Cholera in India, 1862 to 1881
Year: 1862
Disease focus: Cholera
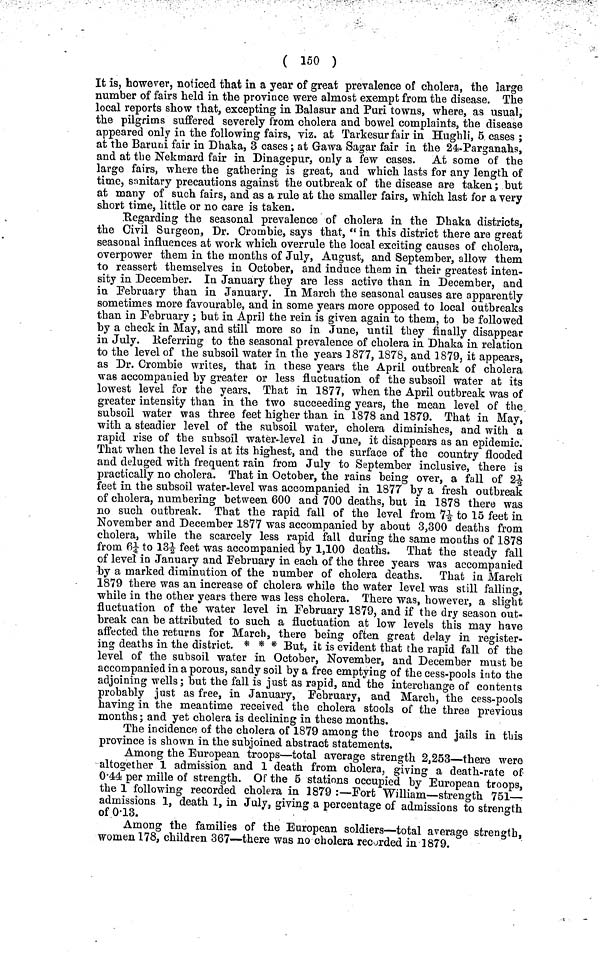
( 150 )
It is, however, noticed that in a year of great prevalence of cholera, the large
number of fairs held in the province were almost exempt from the disease. The
local reports show that, excepting in Balasur and Puri towns, where, as usual,
the pilgrims suffered severely from cholera and bowel complaints, the disease
appeared only in the following fairs, viz. at Tarkesur fair in Hughli, 5 cases ;
at the Baruni fair in Dhaka, 3 cases; at Gawa Sagar fair in the 24-Parganahs,
and at the Nekmard fair in Dinagepur, only a few cases. At some of the
large fairs, where the gathering is great, and which lasts for any length of
time, sanitary precautions against the outbreak of the disease are taken; but
at many of such fairs, and as a rule at the smaller fairs, which last for a very
short time, little or no care is taken.
Regarding the seasonal prevalence of cholera in the Dhaka districts,
the Civil Surgeon, Dr. Crombie, says that, " in this district there are great
seasonal influences at work which overrule the local exciting causes of cholera,
overpower them in the months of July, August, and September, allow them
to reassert themselves in October, and induce them in their greatest inten-
sity in December. In January they are less active than in December, and
in February than in January. In March the seasonal causes are apparently
sometimes more favourable, and in some years more opposed to local outbreaks
than in February ; but in April the rein is given again to them, to be followed
by a check in May, and still more so in June, until they finally disappear
in July. Referring to the seasonal prevalence of cholera in Dhaka in relation
to the level of the subsoil water in the years 1877,1878, and 1879, it appears,
as Dr. Crombie writes, that in these years the April outbreak of cholera
was accompanied by greater or less fluctuation of the subsoil water at its
lowest level for the years. That in 1877, when the April outbreak was of
greater intensity than in the two succeeding years, the mean level of the
subsoil water was three feet higher than in 1878 and 1879. That in May,
with a steadier level of the subsoil water, cholera diminishes, and with a
rapid rise of the subsoil water-level in June, it disappears as an epidemic.
That when the level is at its highest, and the surface of the country flooded
and deluged with frequent rain from July to September inclusive, there is
practically no cholera. That in October, the rains being over, a fall of 2½
feet in the subsoil water-level was accompanied in 1877 by a fresh outbreak
of cholera, numbering between 600 and 700 deaths, but in 1878 there was
no such outbreak. That the rapid fall of the level from 7½ to 15 feet in
November and December 1877 was accompanied by about 3,300 deaths from
cholera, while the scarcely less rapid fall during the same months of 1878
from 6¼ to 13-½ feet was accompanied by 1,100 deaths. That the steady fall
of level in January and February in each of the three years was accompanied
by a marked diminution of the number of cholera deaths. That in March
1879 there was an increase of cholera while the water level was still falling,
while in the other years there was less cholera. There was, however, a slight
fluctuation of the water level in February 1879, and if the dry season out-
break can be attributed to such a fluctuation at low levels this may have
affected the returns for March, there being often great delay in register-
ing deaths in the district. * * * But, it is evident that the rapid fall of the
level of the subsoil water in October, November, and December must be
accompanied in a porous, sandy soil by a free emptying of the cess-pools into the
adjoining wells; but the fall is just as rapid, and the interchange of contents
probably just as free, in January, February, and March, the cess-pools
having in the meantime received the cholera stools of the three previous
months; and yet cholera is declining in these months.
The incidence of the cholera of 1879 among the troops and jails in this
province is shown in the subjoined abstract statements.
Among the European troops—total average strength 2,253—there were
altogether 1 admission and 1 death from cholera, giving a death-rate of
0·44 per mille of strength. Of the 5 stations occupied by European troops,
the 1 following recorded cholera in 1879 :—Fort William—strength 751
admissions 1, death 1, in July, giving a percentage of admissions to strength
of 0·13.
Among the families of the European soldiers—total average strength,
women 178, children 367—there was no cholera recorded in 1879.